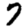
Digit: 7